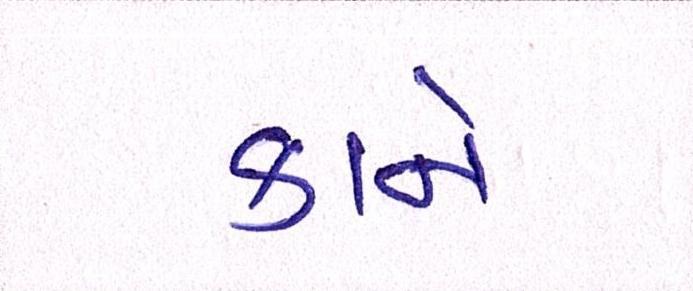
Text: કાને